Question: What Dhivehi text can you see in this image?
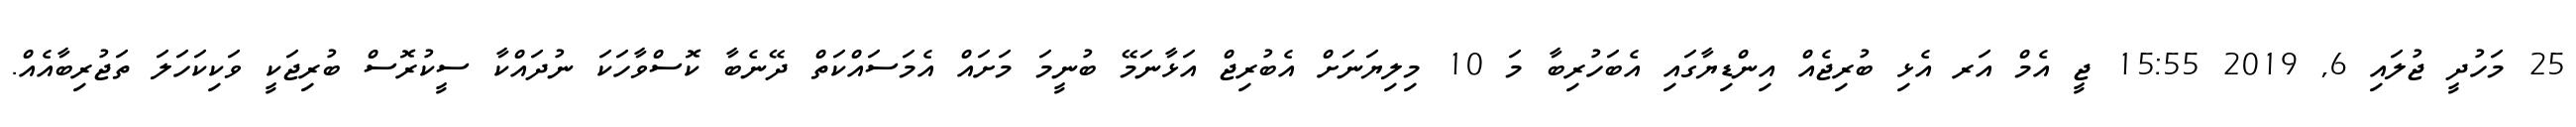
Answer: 25 މަހުދީ ޖުލައި 6, 2019 15:55 ޖީ އެމް އަރ އެޅި ބުރިޖެއް އިންޑިޔާގައި އެބަހުރިބާ މަ 10 މިލިޔަނަށް އެބުރިޖް އަޅާނަމޭ ބުނީމަ މަށައް އެމަސައްކަތް ދޭނެބާ ކޮސްވާހަކަ ނުދައްކާ ސީކުރޮސް ބުރިޖަކީ ވަކިކަހަލަ ތަޖުރިބާއެއް.